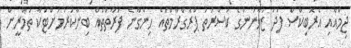
ޖިމްއާއި އެރޮބިކްސް ފަދަ ޒުވާނުންގެ ކަސްރަތު ޕްރޮގްރާމްތައް ހިންގާނެ ފަރާތްތައް ބިނާކުރުމަށްޓަކާ ތަމްރީން